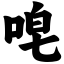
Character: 唣